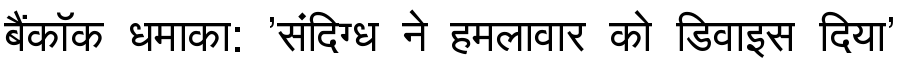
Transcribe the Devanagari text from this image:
बैंकॉक धमाका: 'संदिग्ध ने हमलावार को डिवाइस दिया'